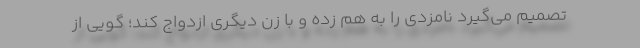
تصمیم می‌گیرد نامزدی را به هم زده و با زن دیگری ازدواج کند؛ گویی از